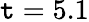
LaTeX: \mathtt{t}=5.1